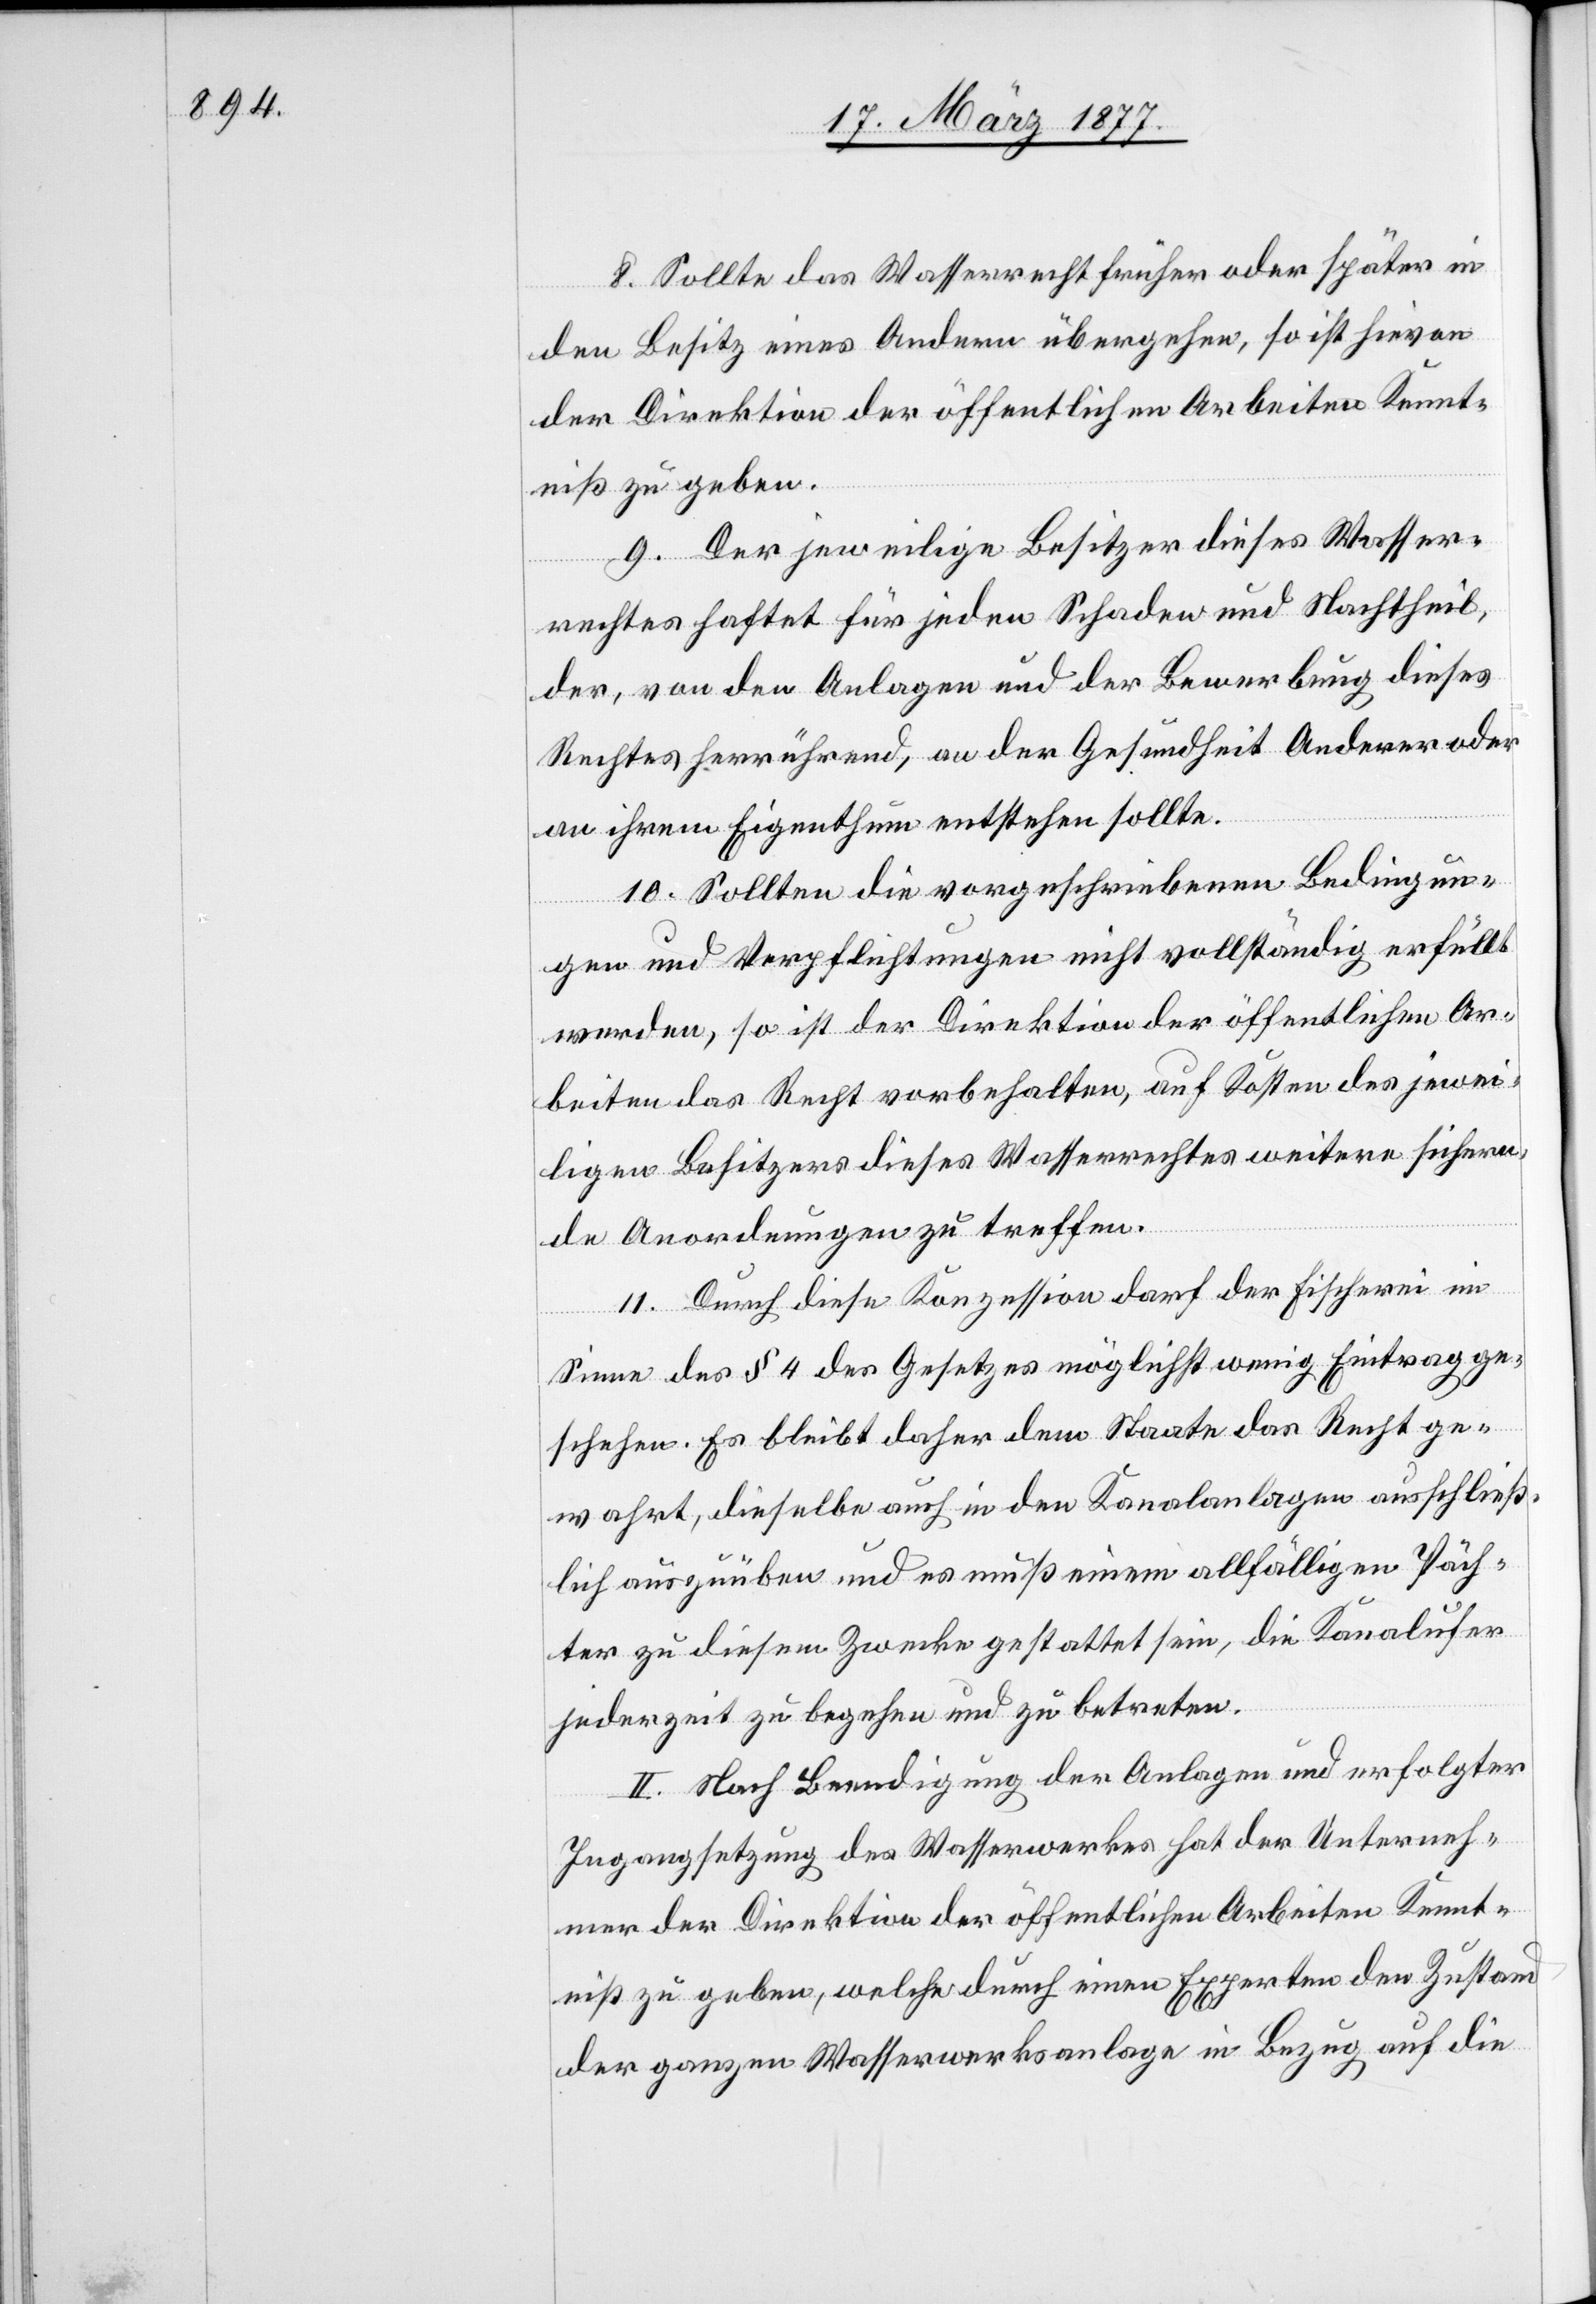
8. Sollte das Wasserrecht früher oder später in
den Besitz eines Andern übergehen, so ist hievon
der Direktion der öffentlichen Arbeiten Kennt¬
niß zu geben.
9. Der jeweilige Besitzer dieses Wasser¬
rechtes haftet für jeden Schaden und Nachtheil,
der, von den Anlagen und der Bewerbung dieses
Rechtes herrührend, an der Gesundheit Anderer oder
an ihrem Eigenthum entstehen sollte.
10. Sollten die vorgeschriebenen Bedingun¬
gen und Verpflichtungen nicht vollständig erfüllt
werden, so ist der Direktion der öffentlichen Ar¬
beiten das Recht vorbehalten, auf Kosten des jewei¬
ligen Besitzers dieses Wasserrechtes weitere sichern¬
de Anordnungen zu treffen.
11. Durch diese Konzession darf der Fischerei im
Sinne des § 4 des Gesetzes möglichst wenig Eintrag ge¬
schehen. Es bleibt daher dem Staate das Recht ge¬
wahrt, dieselbe auch in den Kanalanlagen ausschließ¬
lich auszuüben und es muß einem allfälligen Päch¬
ter zu diesem Zwecke gestattet sein, die Kanalufer
jederzeit zu begehen und zu betreten.
II. Nach Beendigung der Anlagen und erfolgter
Ingangsetzung des Wasserwerkes hat der Unterneh¬
mer der Direktion der öffentlichen Arbeiten Kennt¬
niß zu geben, welche durch einen Experten den Zustand
der ganzen Wasserwerksanlage in Bezug auf die